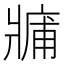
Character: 𤖑